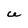
Character: U